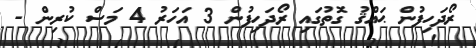
ރޯދަހިފުން ޙައްޤު ގޮތުގައި ރޯދަހިފުން 3 އަހަރު 4 މަސް ކުރިން -